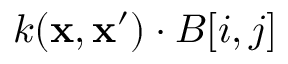
k ( \mathbf { x } , \mathbf { x ^ { \prime } } ) \cdot B [ i , j ]